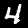
Digit: 4